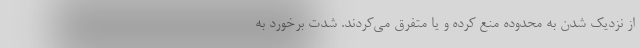
از نزدیک شدن به محدوده منع کرده و یا متفرق می‌کردند. شدّت برخورد به